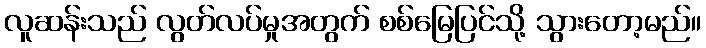
လူဆန်းသည် လွတ်လပ်မှုအတွက် စစ်မြေပြင်သို့ သွားတော့မည်။